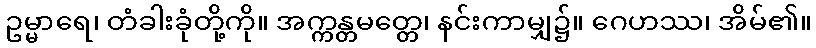
ဥမ္မာရေ၊ တံခါးခုံတို့ကို။ အက္ကန္တမတ္တေ၊ နင်းကာမျှ၌။ ဂေဟဿ၊ အိမ်၏။